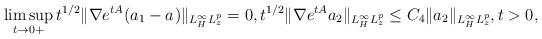
LaTeX: \begin{align*}\limsup_{t\to 0+}t^{1/2}\lVert \nabla e^{tA}(a_1-a_{})\rVert_{L^\infty_H L^p_z}=0, t^{1/2}\lVert \nabla e^{tA}a_2\rVert_{L^\infty_H L^p_z}\le C_4 \lVert a_2\rVert_{L^\infty_H L^p_z}, t>0,\end{align*}